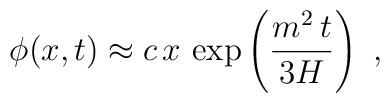
\phi(x,t) \approx c\, x\, \exp \left({m^2\, t\over 3H}\right) \ ,